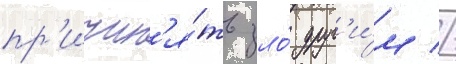
пр'ичин'я́ть зло́ друг'и́м //